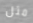
مثل